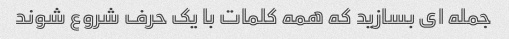
جمله ای بسازید که همه کلمات با یک حرف شروع شوند